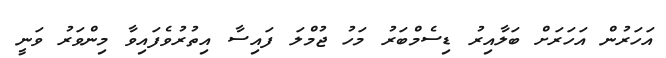
އަހަރުން އަހަރަށް ބަލާއިރު ޑިސެމްބަރު މަހު ޖުމްލަ ފައިސާ އިތުރުވެފައިވާ މިންވަރު ވަނީ